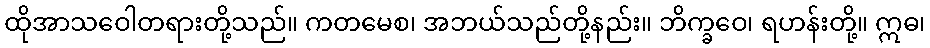
ထိုအာသဝေါတရားတို့သည်။ ကတမေစ၊ အဘယ်သည်တို့နည်း။ ဘိက္ခဝေ၊ ရဟန်းတို့။ ဣဓ၊